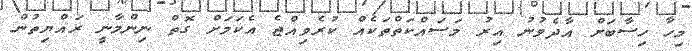
މިހާ ހިސާބަށް އާދެވުނު އިރު މަސައްކަތްތަކެއް ކުރެވިއްޖެ އެކަމަށް ގޮތް ނިންމާނީ ރައްޔިތުން